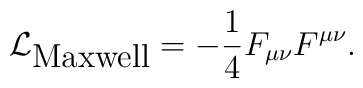
\mathcal{L}_{\textrm{Maxwell}} = - \frac{1}{4} F_{\mu\nu} F^{\mu\nu}.